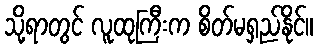
သို့ရာတွင် လူထုကြီးက စိတ်မရှည်နိုင်။